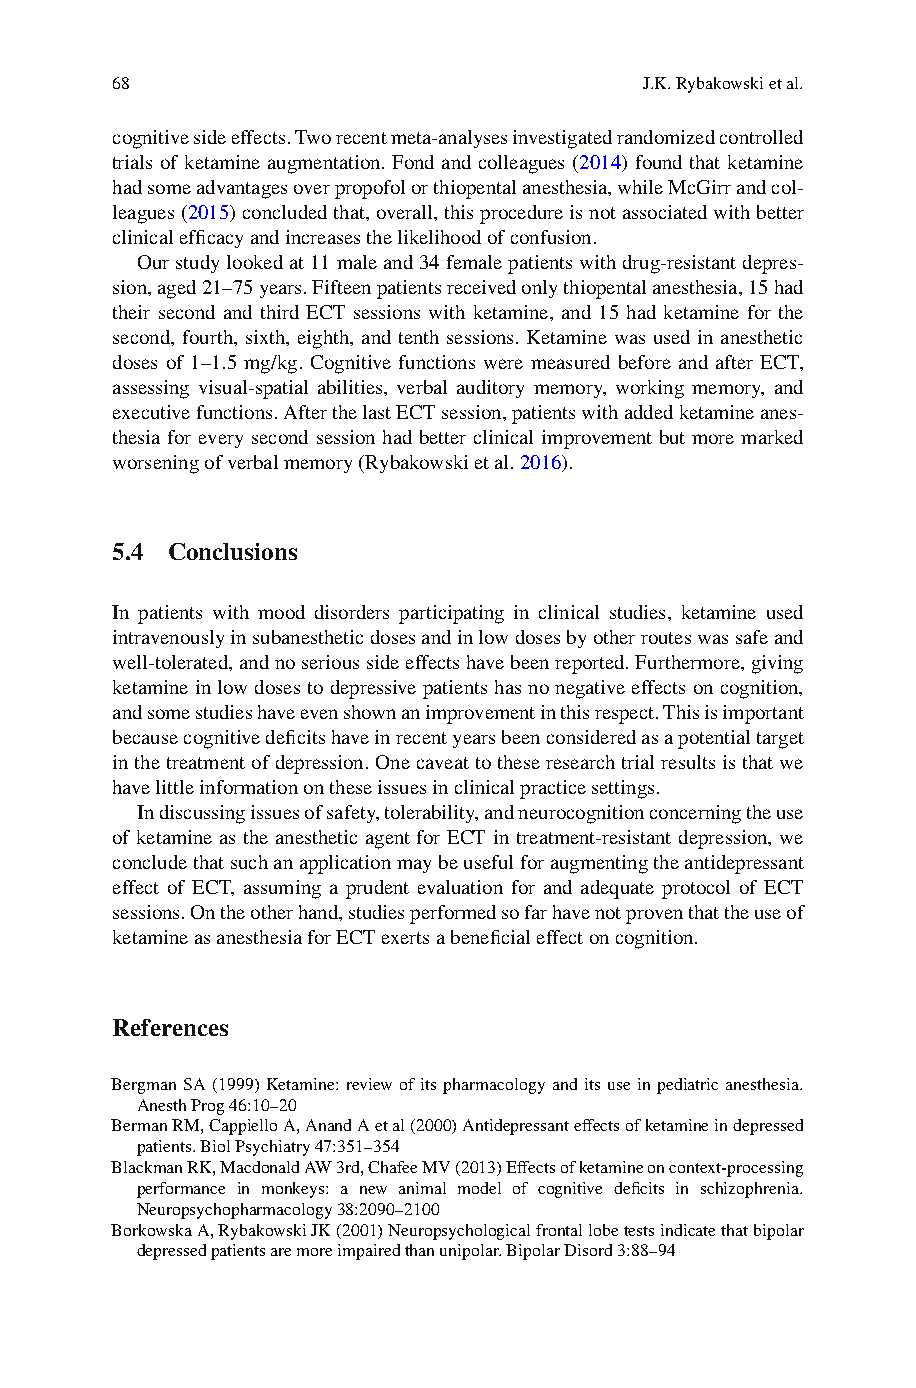
68                                  J.K. Rybakowski et al.
 cognitive side effects. Two recent meta-analyses investigated randomized controlled
 trials of ketamine augmentation. Fond and colleagues (2 014) found that ketamine
 had some advantages over propofol or thiopental anesthesia, while McGirr and col-
 leagues (2 015 ) concluded that, overall, this procedure is not associated with better
 clinical effi cacy and increases the likelihood of confusion.
 Our study looked at 11 male and 34 female patients with drug-resistant depres-
 sion, aged 21–75 years. Fifteen patients received only thiopental anesthesia, 15 had
 their second and third ECT sessions with ketamine, and 15 had ketamine for the
 second, fourth, sixth, eighth, and tenth sessions. Ketamine was used in anesthetic
 doses of 1–1.5 mg/kg. Cognitive functions were measured before and after ECT,
 assessing visual-spatial abilities, verbal auditory memory, working memory, and
 executive functions. After the last ECT session, patients with added ketamine anes-
 thesia for every second session had better clinical improvement but more marked
 worsening of verbal memory (Rybakowski et al. 2 016 ).
 5.4 Conclusions
 I n patients with mood disorders participating in clinical studies, ketamine used
 intravenously in subanesthetic doses and in low doses by other routes was safe and
 well-tolerated, and no serious side effects have been reported. Furthermore, giving
 ketamine in low doses to depressive patients has no negative effects on cognition,
 and some studies have even shown an improvement in this respect. This is important
 because cognitive defi cits have in recent years been considered as a potential target
 in the treatment of depression. One caveat to these research trial results is that we
 have little information on these issues in clinical practice settings.
 In discussing issues of safety, tolerability, and neurocognition concerning the use
 of ketamine as the anesthetic agent for ECT in treatment-resistant depression, we
 conclude that such an application may be useful for augmenting the antidepressant
 effect of ECT, assuming a prudent evaluation for and adequate protocol of ECT
 sessions. On the other hand, studies performed so far have not proven that the use of
 ketamine as anesthesia for ECT exerts a benefi cial effect on cognition.
 References
 Bergman SA (1999) Ketamine: review of its pharmacology and its use in pediatric anesthesia.
 Anesth Prog 46:10–20
 B erman RM, Cappiello A, Anand A et al (2000) Antidepressant effects of ketamine in depressed
 patients. Biol Psychiatry 47:351–354
 Blackman RK, Macdonald AW 3rd, Chafee MV (2013) Effects of ketamine on context-processing
 performance in monkeys: a new animal model of cognitive defi cits in schizophrenia.
 Neuropsychopharmacology 38:2090–2100
 B orkowska A, Rybakowski JK (2001) Neuropsychological frontal lobe tests indicate that bipolar
 depressed patients are more impaired than unipolar. Bipolar Disord 3:88–94